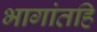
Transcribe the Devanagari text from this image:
भागांतहि